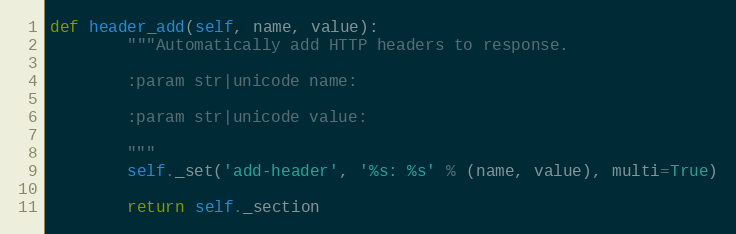
Language: Python
def header_add(self, name, value):
        """Automatically add HTTP headers to response.

        :param str|unicode name:

        :param str|unicode value:

        """
        self._set('add-header', '%s: %s' % (name, value), multi=True)

        return self._section